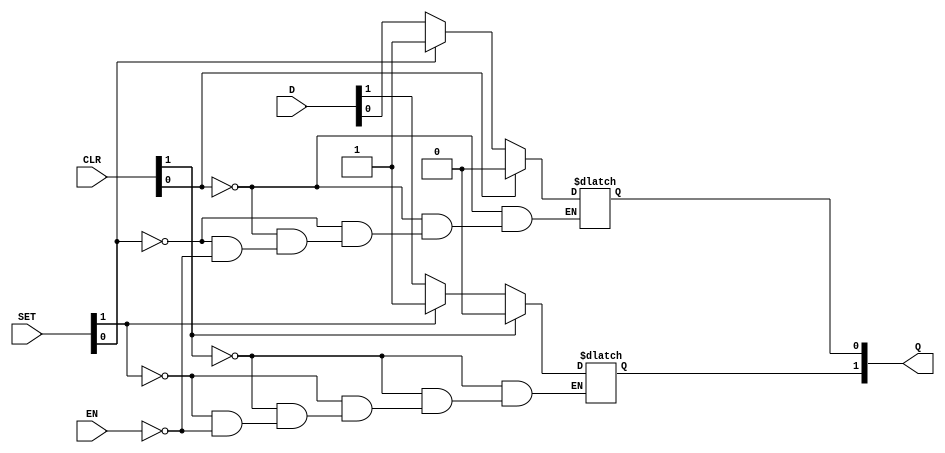
/* Generated by Yosys 0.20 (git sha1 4fcb95ed087, clang 14.0.0-1ubuntu1 -fPIC -Os) */

(* dynports =  1  *)
(* src = "dlatchsr.v:1.1-15.10" *)
module m_0(CLR, D, EN, Q, SET);
  (* src = "dlatchsr.v:7.19-7.20" *)
  input [1:0] CLR;
  wire [1:0] CLR;
  (* src = "dlatchsr.v:7.19-7.20" *)
  input [1:0] D;
  wire [1:0] D;
  (* src = "dlatchsr.v:6.7-6.9" *)
  input EN;
  wire EN;
  (* src = "dlatchsr.v:8.24-8.25" *)
  output [1:0] Q;
  reg [1:0] Q;
  (* src = "dlatchsr.v:7.19-7.20" *)
  input [1:0] SET;
  wire [1:0] SET;
  (* src = "dlatchsr.v:10.1-13.4" *)
  always @*
    if (CLR[0]) Q[0] = 1'b0;
    else if (SET[0]) Q[0] = 1'b1;
    else if (EN) Q[0] = D[0];
  (* src = "dlatchsr.v:10.1-13.4" *)
  always @*
    if (CLR[1]) Q[1] = 1'b0;
    else if (SET[1]) Q[1] = 1'b1;
    else if (EN) Q[1] = D[1];
endmodule